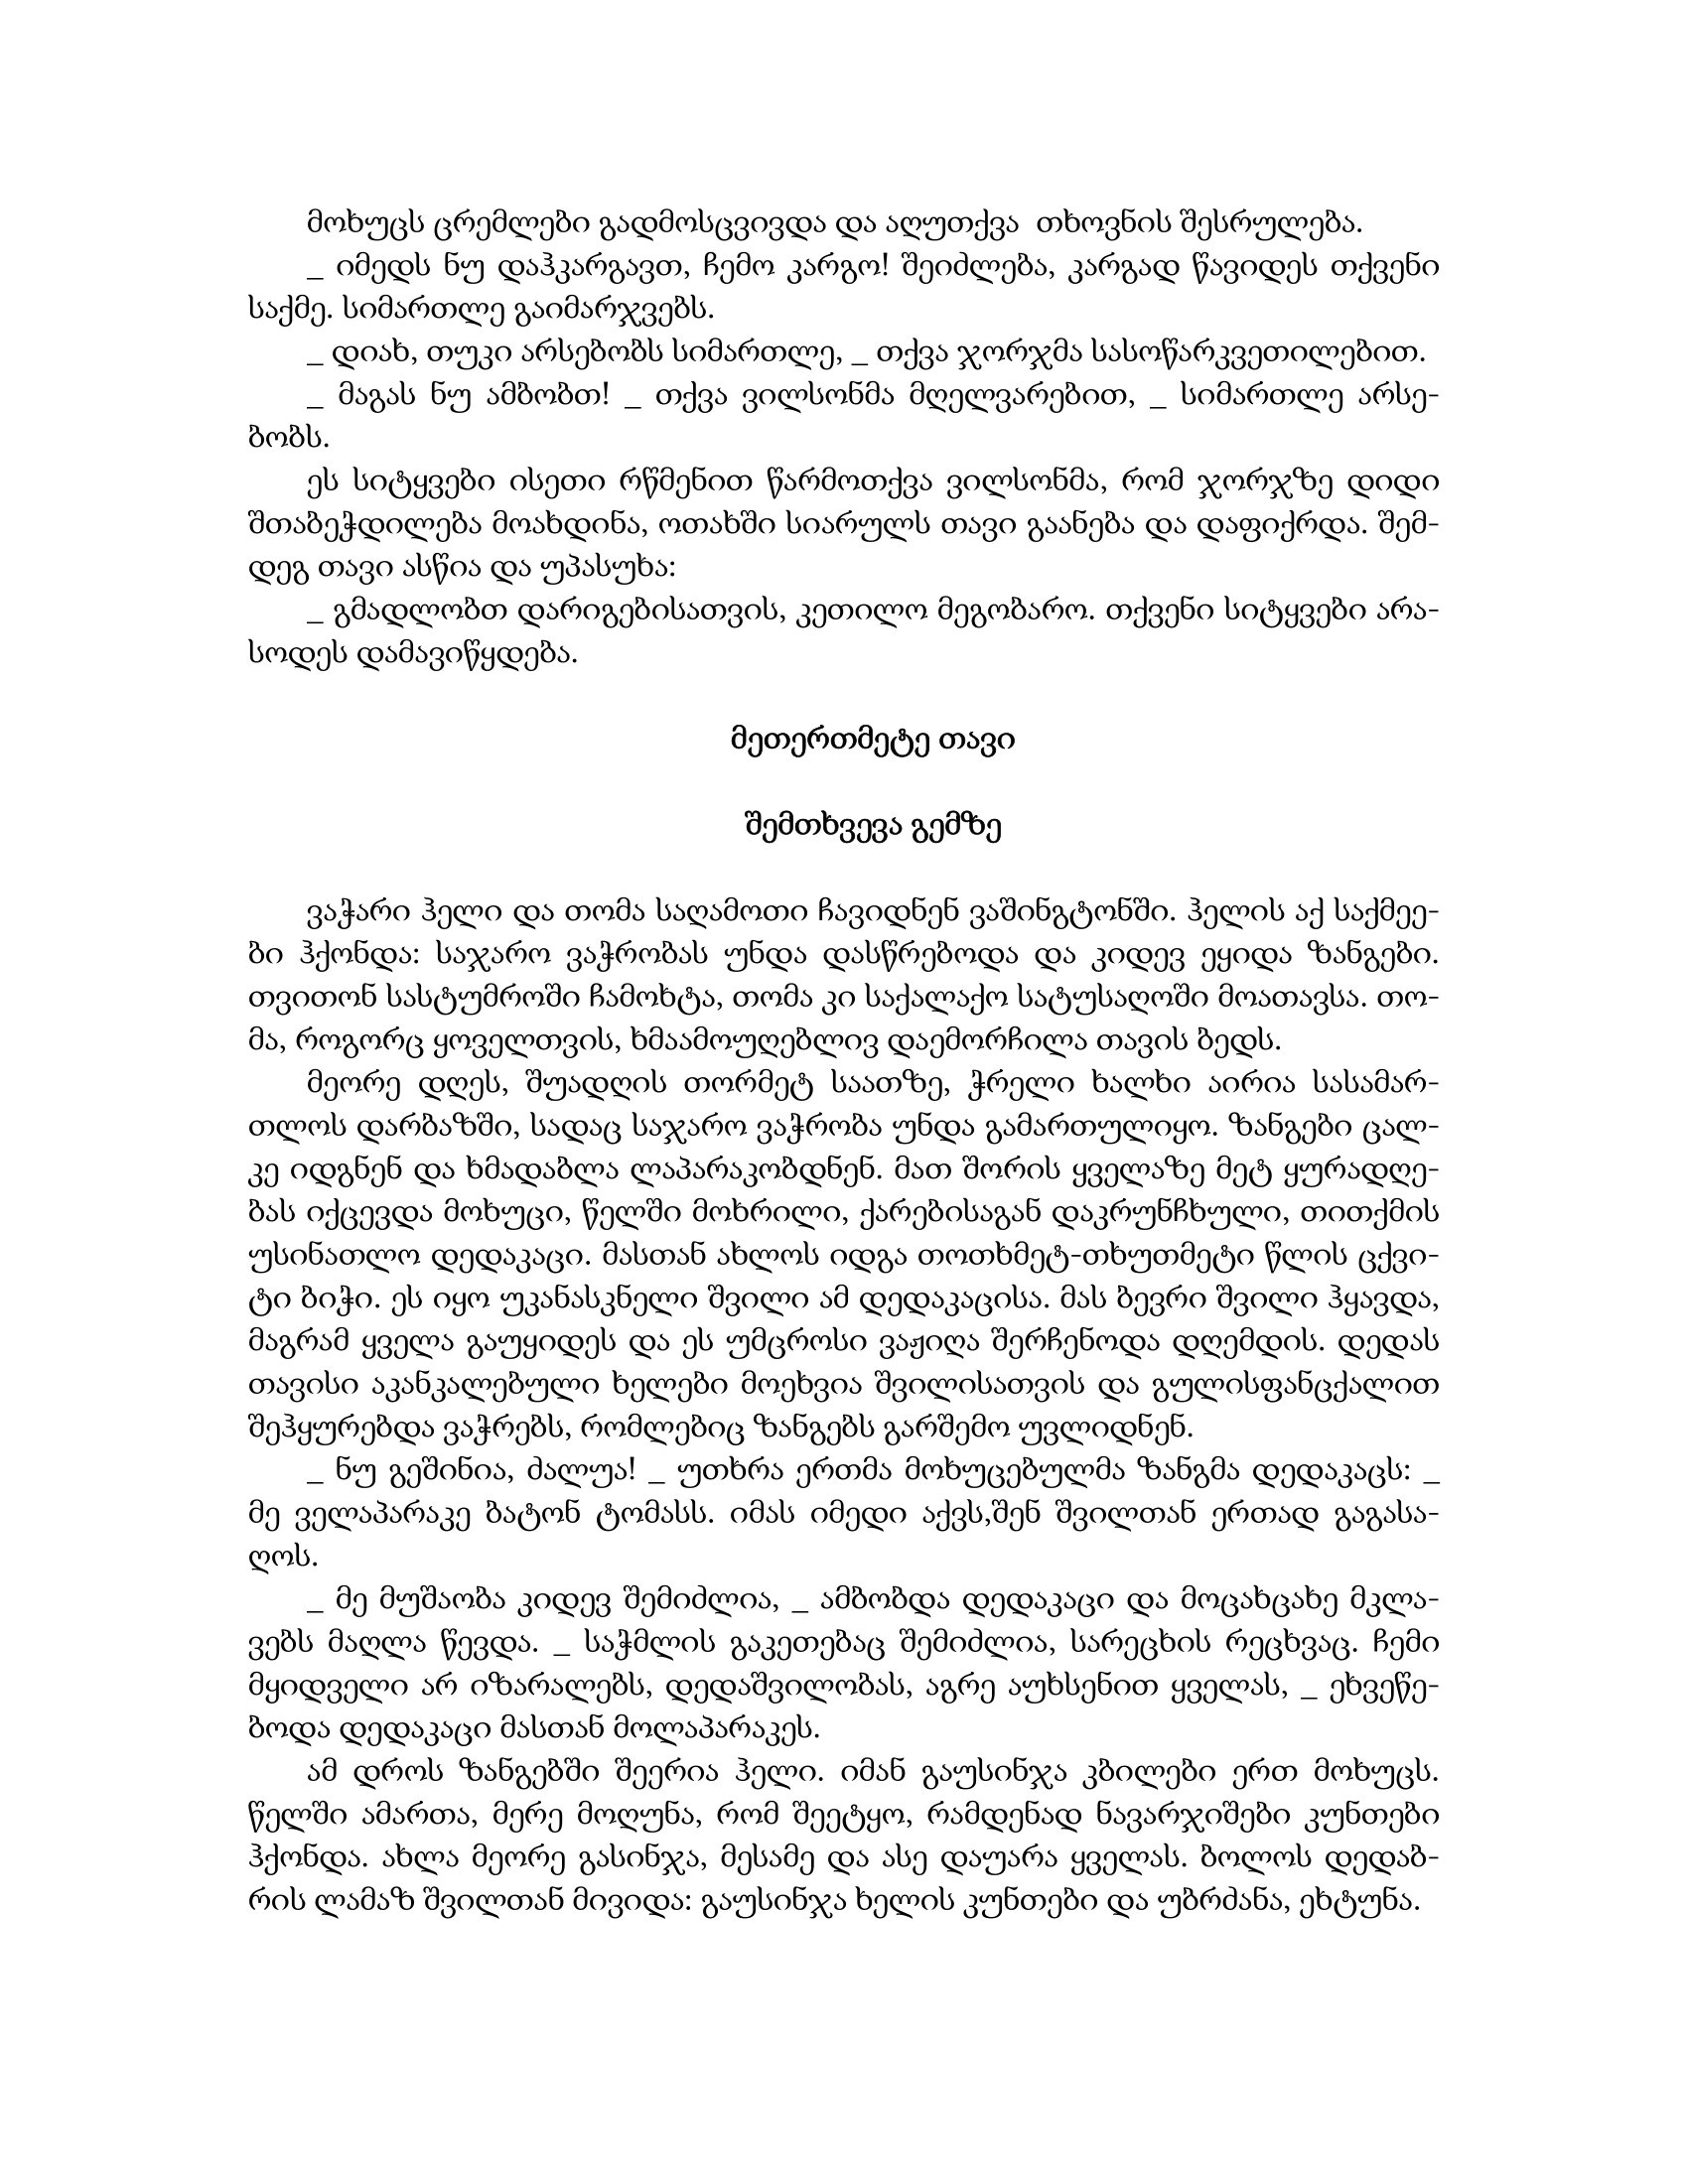
Language: gr